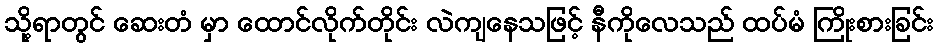
သို့ရာတွင် ဆေးတံ မှာ ထောင်လိုက်တိုင်း လဲကျနေသဖြင့် နီကိုလေသည် ထပ်မံ ကြိုးစားခြင်း